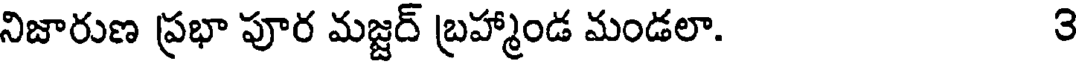
నిజారుణ ప్రభా పూర మజ్జర్ బ్రహ్మాండ మండలా. ౩